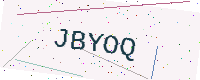
Text: JBYOQ